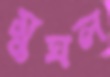
মুঘল